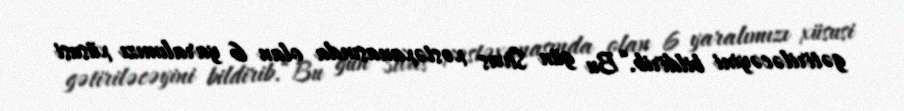
gətiriləcəyini bildirib.“Bu gün Sivas xəstəxanasında olan 6 yaralımızı xüsusi